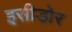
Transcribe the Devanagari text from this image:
इसीडोर